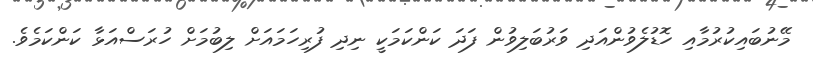
މޭނުބައިކުރުމާއި ހޮޑުލެވުންއަދި ވަރުބަލިވުން ފަދަ ކަންކަމަކީ ނިދި ފުރިހަމައަށް ލިބުމަށް ހުރަސްއަޅާ ކަންކަމެވެ.